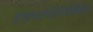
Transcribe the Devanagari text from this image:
हाइपरलिपिडेमिया